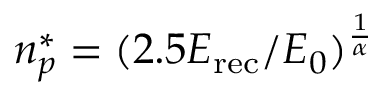
n _ { p } ^ { * } = ( 2 . 5 E _ { \mathrm { r e c } } / E _ { 0 } ) ^ { \frac { 1 } { \alpha } }